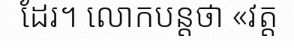
ដែរ។ លោកបន្តថា «វត្ត